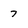
Character: 7